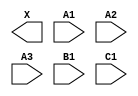
module sky130_fd_sc_hs__o311a (
    X ,
    A1,
    A2,
    A3,
    B1,
    C1
);

    output X ;
    input  A1;
    input  A2;
    input  A3;
    input  B1;
    input  C1;

    // Voltage supply signals
    supply1 VPWR;
    supply0 VGND;

endmodule